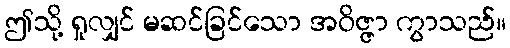
ဤသို့ ရှုလျှင် မဆင်ခြင်သော အဝိဇ္ဇာ ကွာသည်။